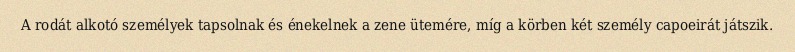
A rodát alkotó személyek tapsolnak és énekelnek a zene ütemére, míg a körben két személy capoeirát játszik.